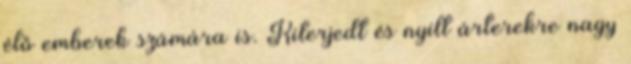
élő emberek számára is. Kiterjedt és nyílt árterekre nagy